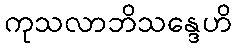
ကုသလာဘိသန္ဒေဟိ